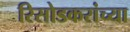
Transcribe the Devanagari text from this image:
रिसोडकरांच्या